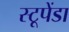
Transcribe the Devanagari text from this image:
स्टूपेंडा